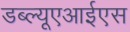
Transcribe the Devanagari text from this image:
डब्ल्यूएआईएस